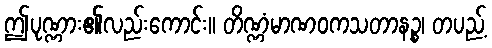
ဤပုဏ္ဏား၏လည်းကောင်း။ တိဏ္ဏံမာဏဝကသတာနဉ္စ၊ တပည့်